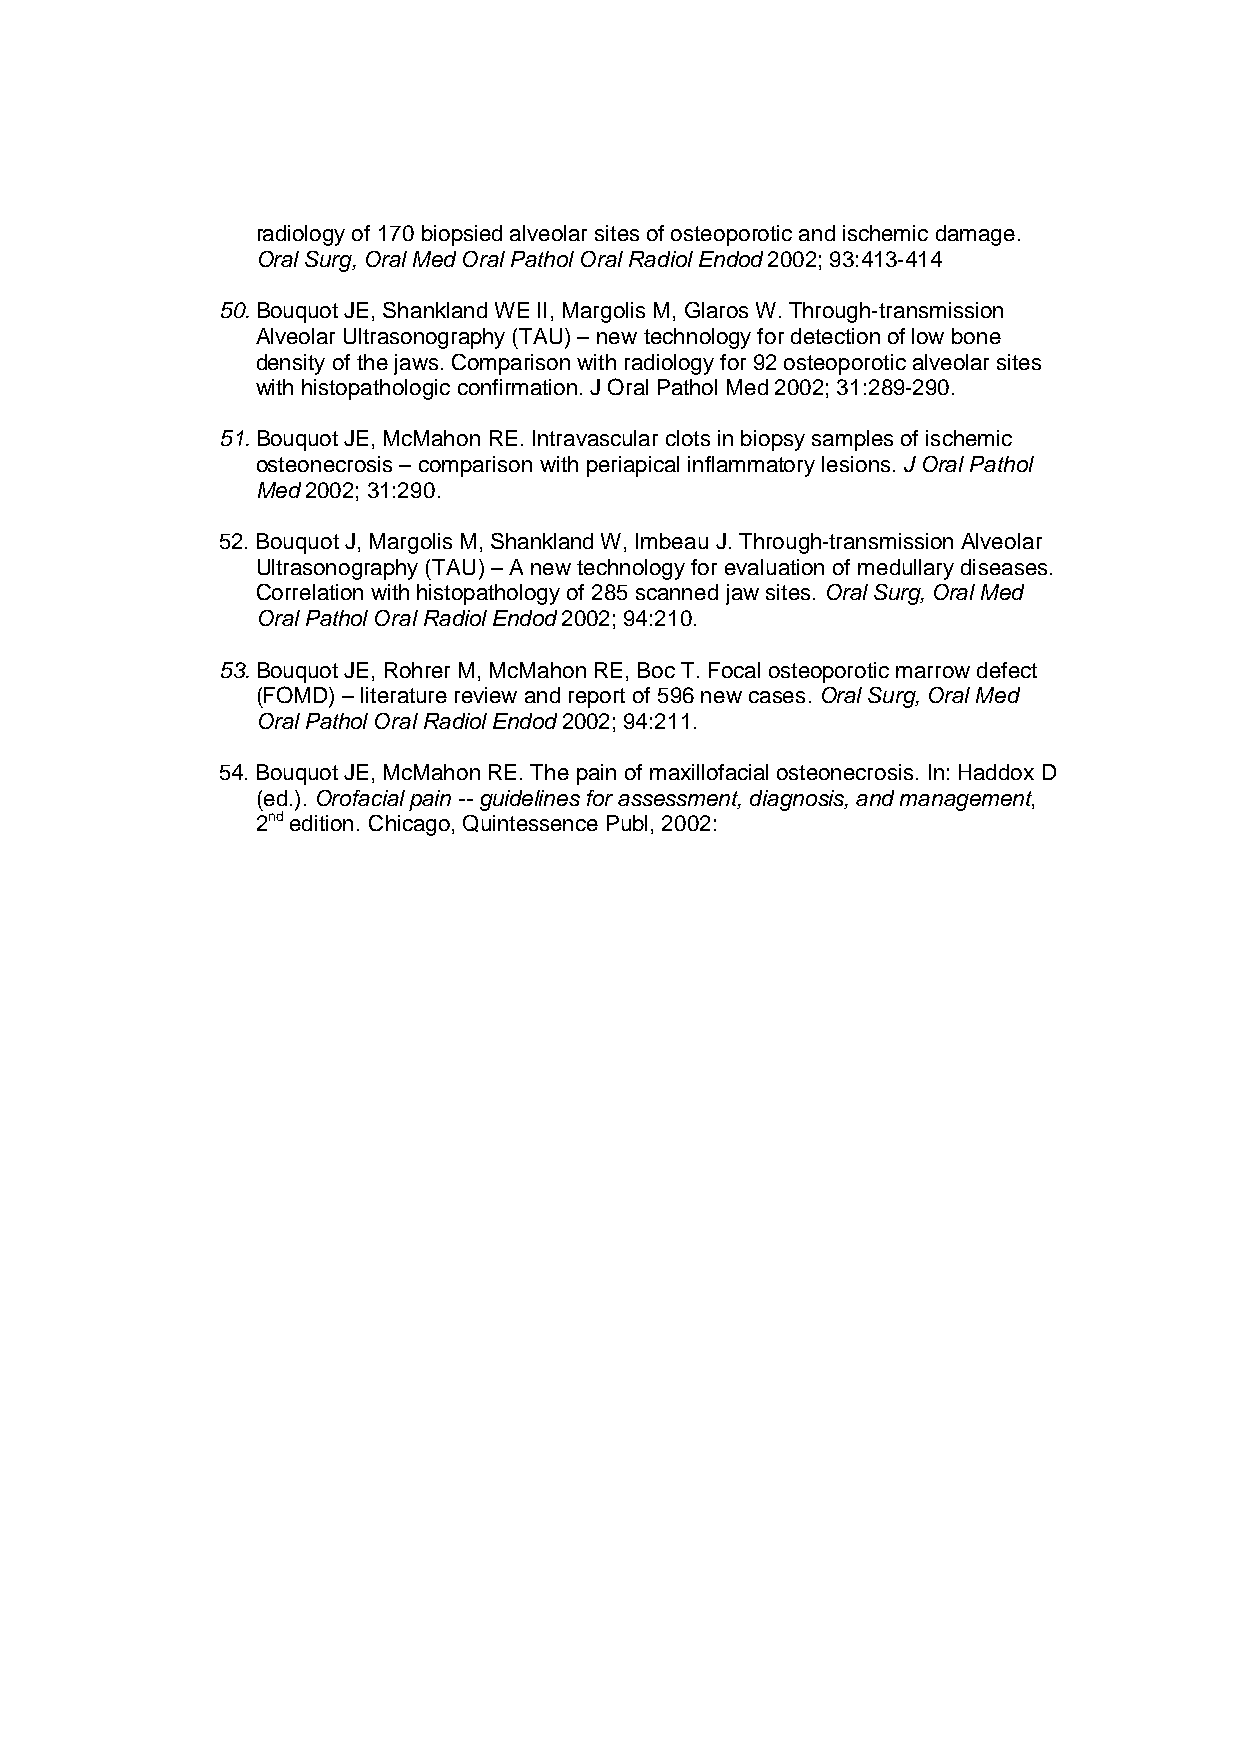
radiology of 170 biopsied alveolar sites of osteoporotic and ischemic damage.
 Oral Surg, Oral Med Oral Pathol Oral Radiol Endod 2002; 93:413-414
 50. Bouquot JE, Shankland WE II, Margolis M, Glaros W. Through-transmission
 Alveolar Ultrasonography (TAU) – new technology for detection of low bone
 density of the jaws. Comparison with radiology for 92 osteoporotic alveolar sites
 with histopathologic confirmation. J Oral Pathol Med 2002; 31:289-290.
 51. Bouquot JE, McMahon RE. Intravascular clots in biopsy samples of ischemic
 osteonecrosis – comparison with periapical inflammatory lesions. J Oral Pathol
 Med 2002; 31:290.
 52. Bouquot J, Margolis M, Shankland W, Imbeau J. Through-transmission Alveolar
 Ultrasonography (TAU) – A new technology for evaluation of medullary diseases.
 Correlation with histopathology of 285 scanned jaw sites. Oral Surg, Oral Med
 Oral Pathol Oral Radiol Endod 2002; 94:210.
 53. Bouquot JE, Rohrer M, McMahon RE, Boc T. Focal osteoporotic marrow defect
 (FOMD) – literature review and report of 596 new cases. Oral Surg, Oral Med
 Oral Pathol Oral Radiol Endod 2002; 94:211.
 54. Bouquot JE, McMahon RE. The pain of maxillofacial osteonecrosis. In: Haddox D
 (ed.). Orofacial pain -- guidelines for assessment, diagnosis, and management,
 2nd edition. Chicago, Quintessence Publ, 2002: